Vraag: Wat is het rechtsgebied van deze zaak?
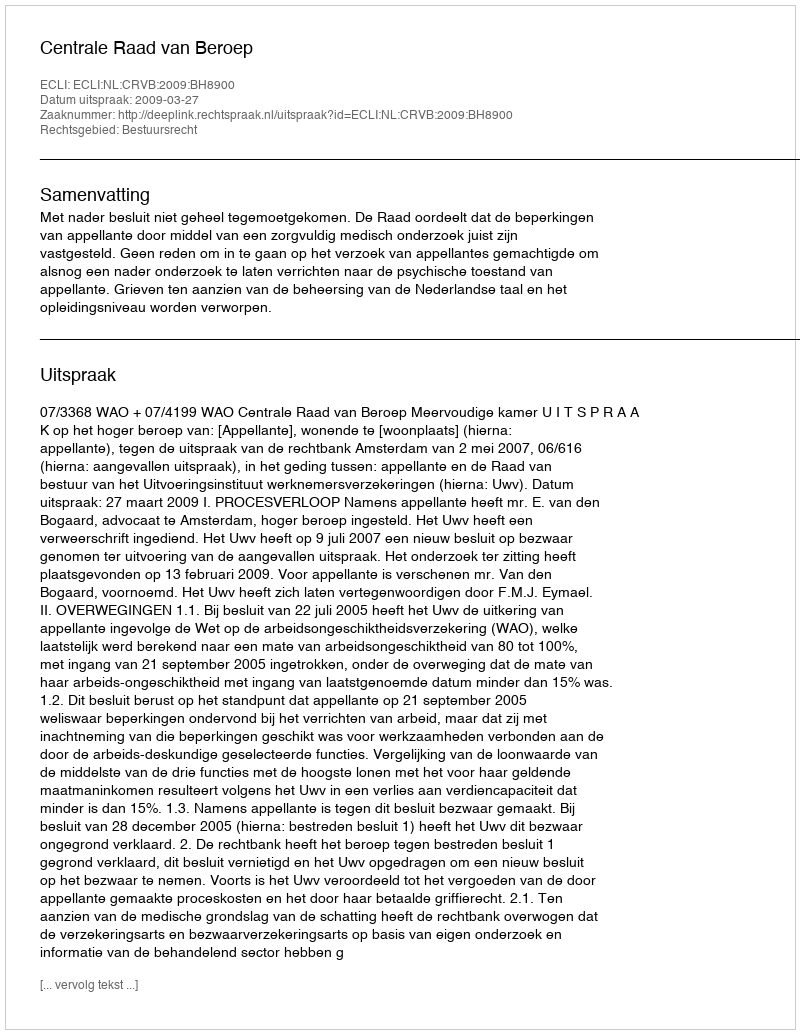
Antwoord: Bestuursrecht